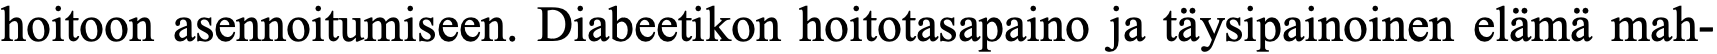
hoitoon asennoitumiseen. Diabeetikon hoitotasapaino ja täysipainoinen elämä mah-